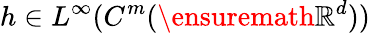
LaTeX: h\in L^{\infty}(C^{m}(\ensuremath{\mathbb{R}}^{d}))